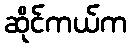
ဆိုင်ကယ်က